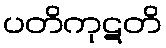
ပတိကုဋတိ